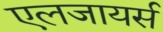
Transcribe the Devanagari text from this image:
एलजायर्स